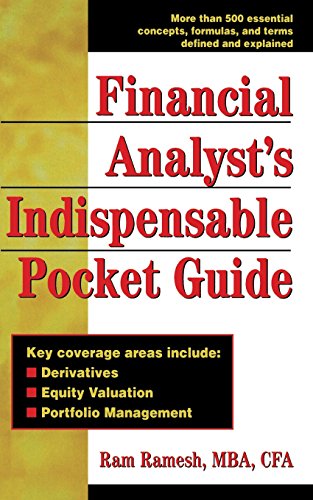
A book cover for Financial Analyst's Indispensable Pocket Guide; Ram Ramesh; Business & Money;